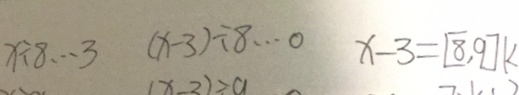
x \div 8 \cdots 3 ( x - 3 ) \div 8 \cdots 0 x - 3 = [ 8 , 9 ] k